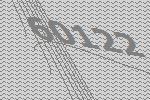
60122